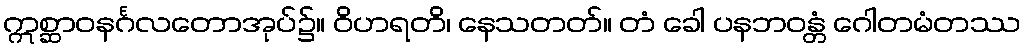
ဣစ္ဆာဝနင်္ဂလတောအုပ်၌။ ဝိဟရတိ၊ နေသတတ်။ တံ ခေါ ပနဘဝန္တံ ဂေါတမံတဿ